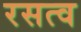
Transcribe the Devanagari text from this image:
रसत्व